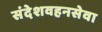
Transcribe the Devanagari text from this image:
संदेशवहनसेवा